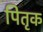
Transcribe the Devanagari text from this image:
पितृक